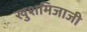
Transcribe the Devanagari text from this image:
खुशमिजाजी